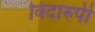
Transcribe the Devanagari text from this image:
विदारुपी